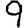
Digit: 9